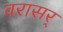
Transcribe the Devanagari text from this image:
वरासर्